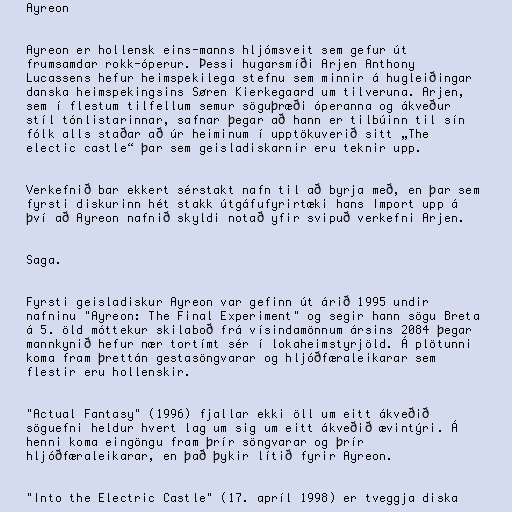
Ayreon

Ayreon er hollensk eins-manns hljómsveit sem gefur út
frumsamdar rokk-óperur. Þessi hugarsmíði Arjen Anthony
Lucassens hefur heimspekilega stefnu sem minnir á hugleiðingar
danska heimspekingsins Søren Kierkegaard um tilveruna. Arjen,
sem í flestum tilfellum semur söguþræði óperanna og ákveður
stíl tónlistarinnar, safnar þegar að hann er tilbúinn til sín
fólk alls staðar að úr heiminum í upptökuverið sitt „The
electic castle“ þar sem geisladiskarnir eru teknir upp.

Verkefnið bar ekkert sérstakt nafn til að byrja með, en þar sem
fyrsti diskurinn hét stakk útgáfufyrirtæki hans Import upp á
því að Ayreon nafnið skyldi notað yfir svipuð verkefni Arjen.

Saga.

Fyrsti geisladiskur Ayreon var gefinn út árið 1995 undir
nafninu "Ayreon: The Final Experiment" og segir hann sögu Breta
á 5. öld móttekur skilaboð frá vísindamönnum ársins 2084 þegar
mannkynið hefur nær tortímt sér í lokaheimstyrjöld. Á plötunni
koma fram þrettán gestasöngvarar og hljóðfæraleikarar sem
flestir eru hollenskir.

"Actual Fantasy" (1996) fjallar ekki öll um eitt ákveðið
söguefni heldur hvert lag um sig um eitt ákveðið ævintýri. Á
henni koma eingöngu fram þrír söngvarar og þrír
hljóðfæraleikarar, en það þykir lítið fyrir Ayreon.

"Into the Electric Castle" (17. apríl 1998) er tveggja diska